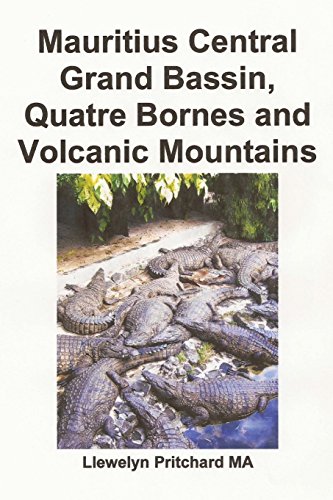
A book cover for Mauritius Central Grand Bassin, Quatre Bornes and Volcanic Mountains: Ein Souvenir Sammlung von farb fotografien mit bildunterschriften (Foto Alben) (Volume 12) (German Edition); Llewelyn Pritchard MA; Travel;